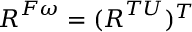
\boldsymbol { R } ^ { F \omega } = ( \boldsymbol { R } ^ { T U } ) ^ { T }